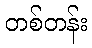
တစ်တန်း